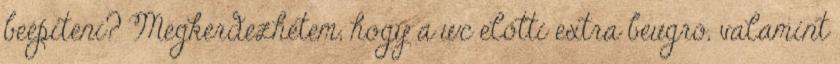
beépíteni? Megkerdezhetem, hogy a wc előtti extra beugró, valamint